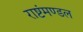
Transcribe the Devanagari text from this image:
राष्टंमण्डल